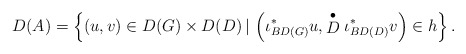
\begin{align*}D(A)=\left\{ (u,v)\in D(G)\times D(D)\,|\,\left(\iota_{BD(G)}^{\ast}u,\stackrel{\bullet}{D}\iota_{BD(D)}^{\ast}v\right)\in h\right\} .\end{align*}